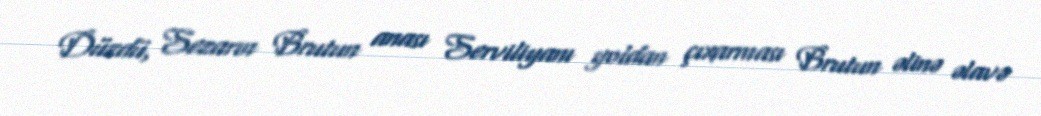
Düzdü, Sezarın Brutun anası Serviliyanı yoldan çıxarması Brutun əlinə əlavə